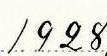
1928